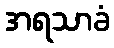
အရသာခံ